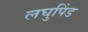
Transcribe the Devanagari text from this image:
लघुपिंड